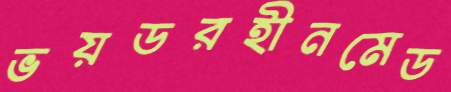
ভয়ডরহীনমেড